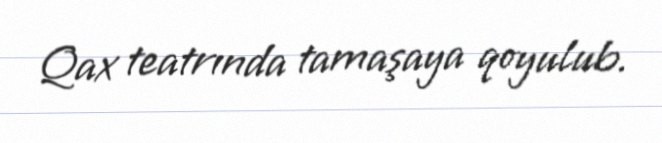
Qax teatrında tamaşaya qoyulub.